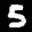
Label: 5